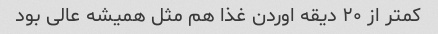
کمتر از ۲۰ دیقه اوردن غذا هم مثل همیشه عالی بود